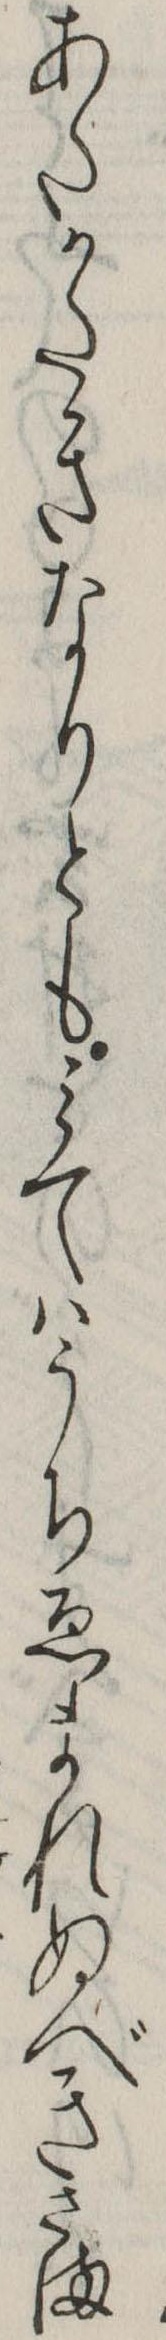
あたかたきなりともみてはうちゑまれぬべきさま